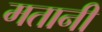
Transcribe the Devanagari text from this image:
मतानी